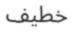
خطيف